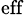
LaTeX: _\textrm{eff}